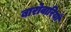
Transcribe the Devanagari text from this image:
बारोवारियाँ